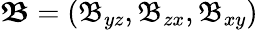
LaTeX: \boldsymbol{\mathfrak{B}}=(\mathfrak{B}_{yz},\mathfrak{B}_{zx},\mathfrak{B}_{xy})